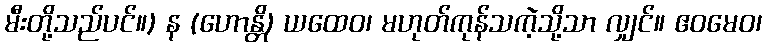
မီးတို့သည်ပင်။) န (ဟောန္တိ) ယထေဝ၊ မဟုတ်ကုန်သကဲ့သို့သာ လျှင်။ ဧဝမေဝ၊